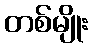
တစ်မျိုး